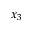
x _ { 3 }